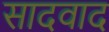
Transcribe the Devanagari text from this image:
सादवाद